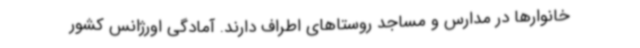
خانوارها در مدارس و مساجد روستاهای اطراف دارند. آمادگی اورژانس کشور